Lunatic asylums Burma 1907-21 - 1907-1921
Year: 1907
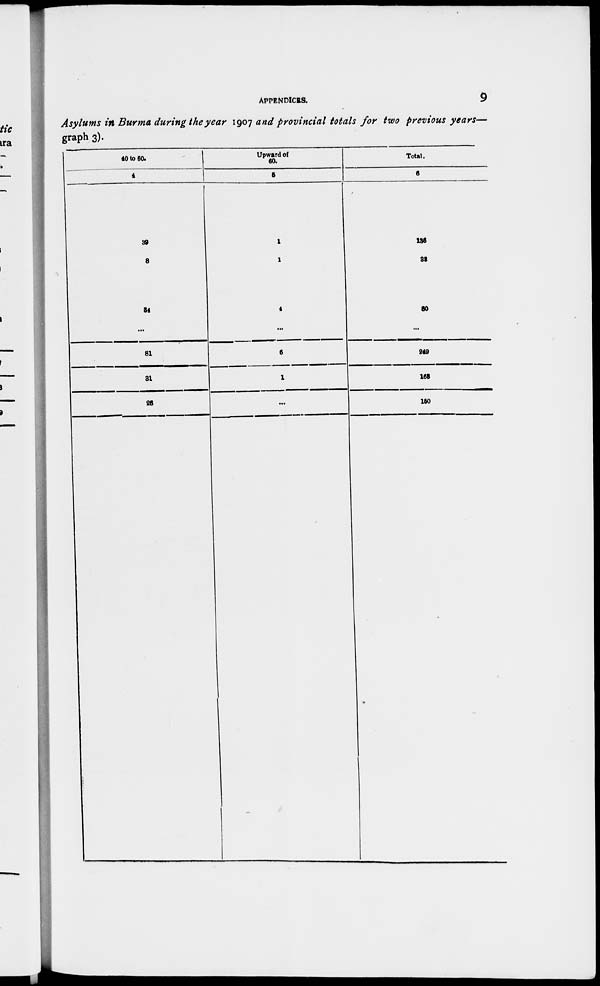
APPENDICES.
9
Asylums in Burma during the year 1907 and provincial totals for two previous years—
graph 3).
40 to 60.
4
39
8
34
...
81
31
25
Upward of
60.
5
1
1
4
...
6
1
...
Total.
6
136
33
30
...
249
163
150